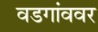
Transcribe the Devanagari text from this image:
वडगांववर